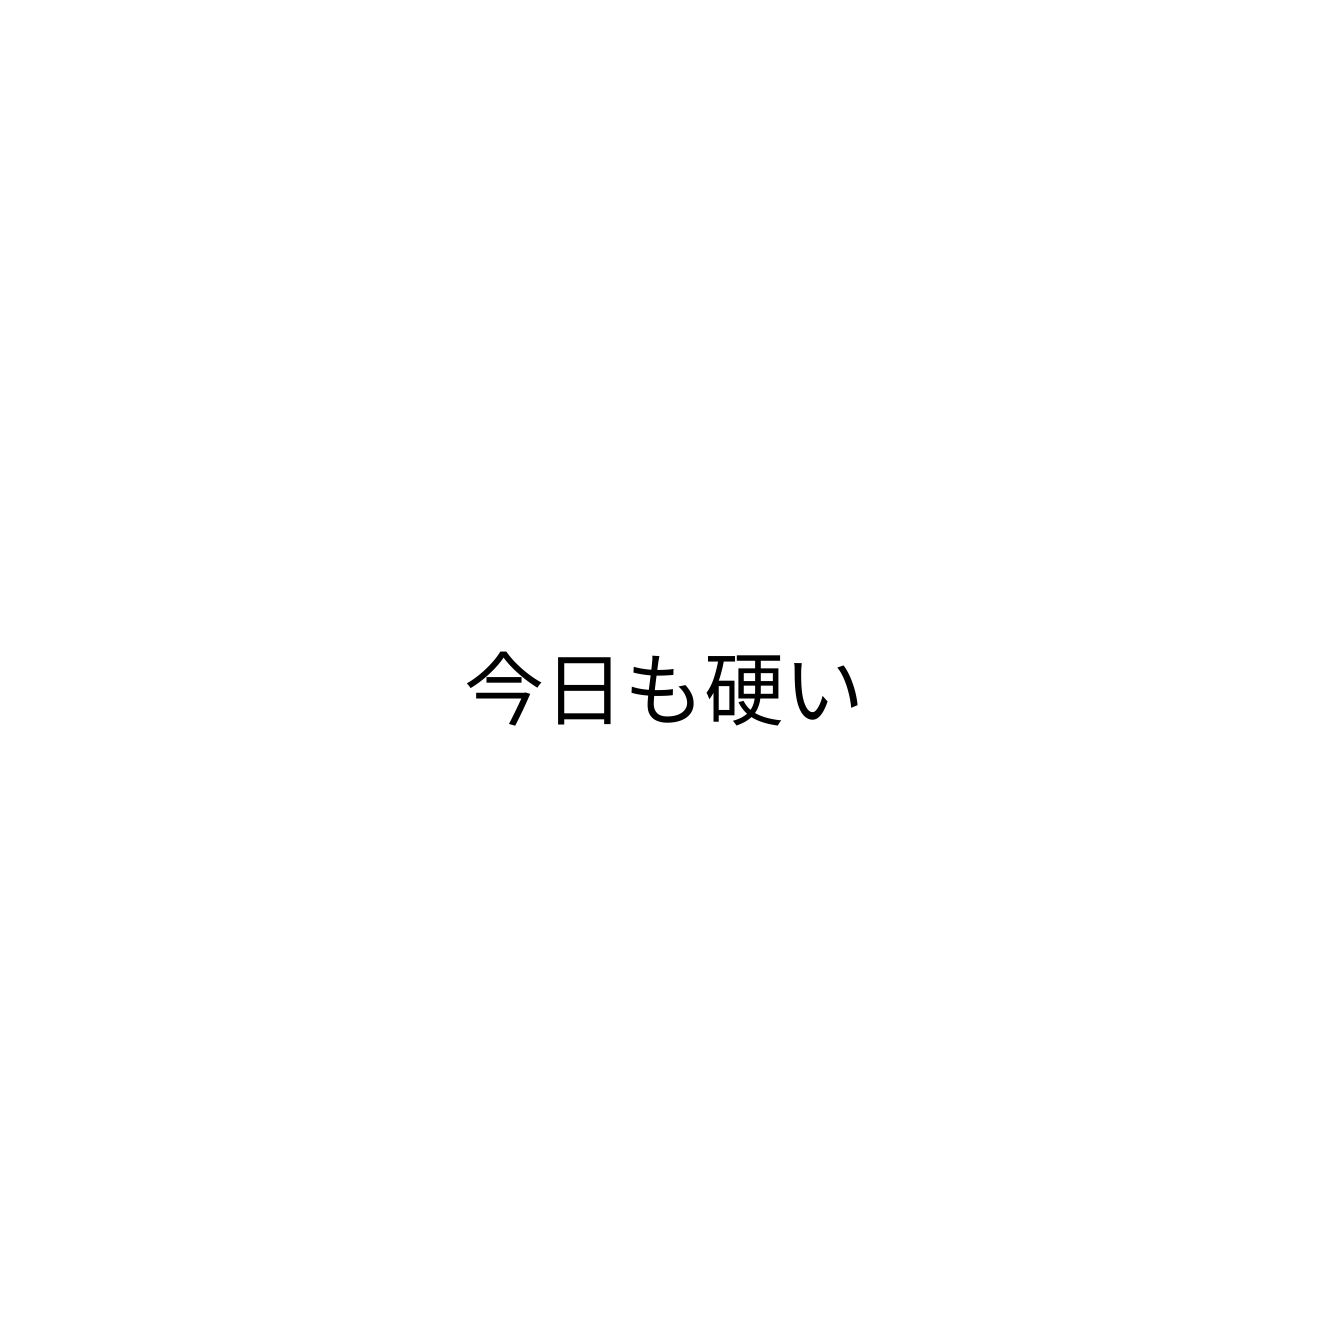
今日も硬い